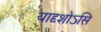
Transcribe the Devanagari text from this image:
यादृशोऽसि